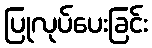
ပြုလုပ်ပေးခြင်း